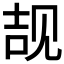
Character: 𲁕